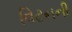
વિટનની